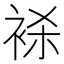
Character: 𬡕